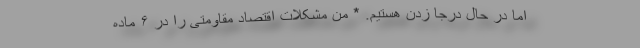
اما در حال درجا زدن هستیم. * من مشکلات اقتصاد مقاومتی را در ۶ ماده